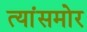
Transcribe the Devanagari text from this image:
त्यांसमोर